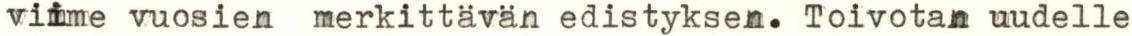
viime vuosien merkittävän edistyksen. Toivotan uudelle